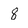
Character: 8